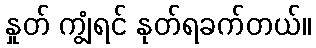
နှုတ် ကျွံရင် နုတ်ရခက်တယ်။